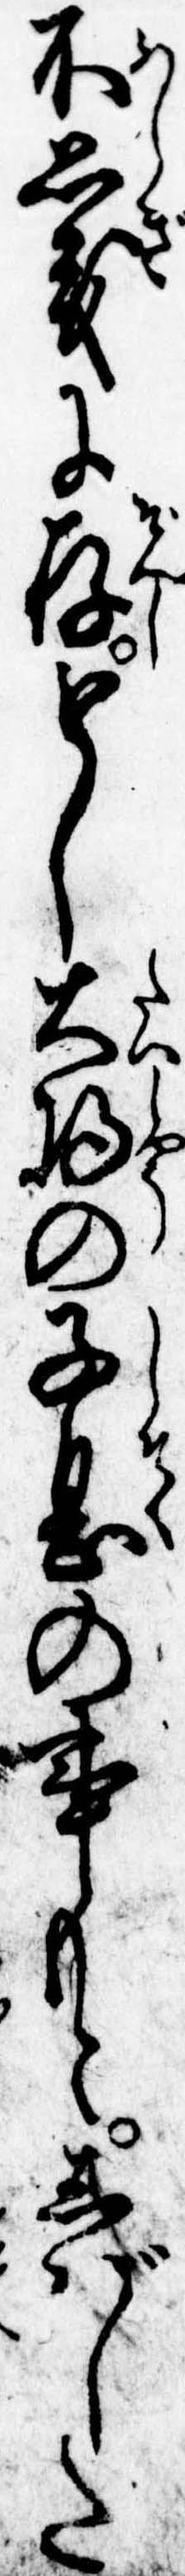
不思義に存もし大将の子息の事もとしばした